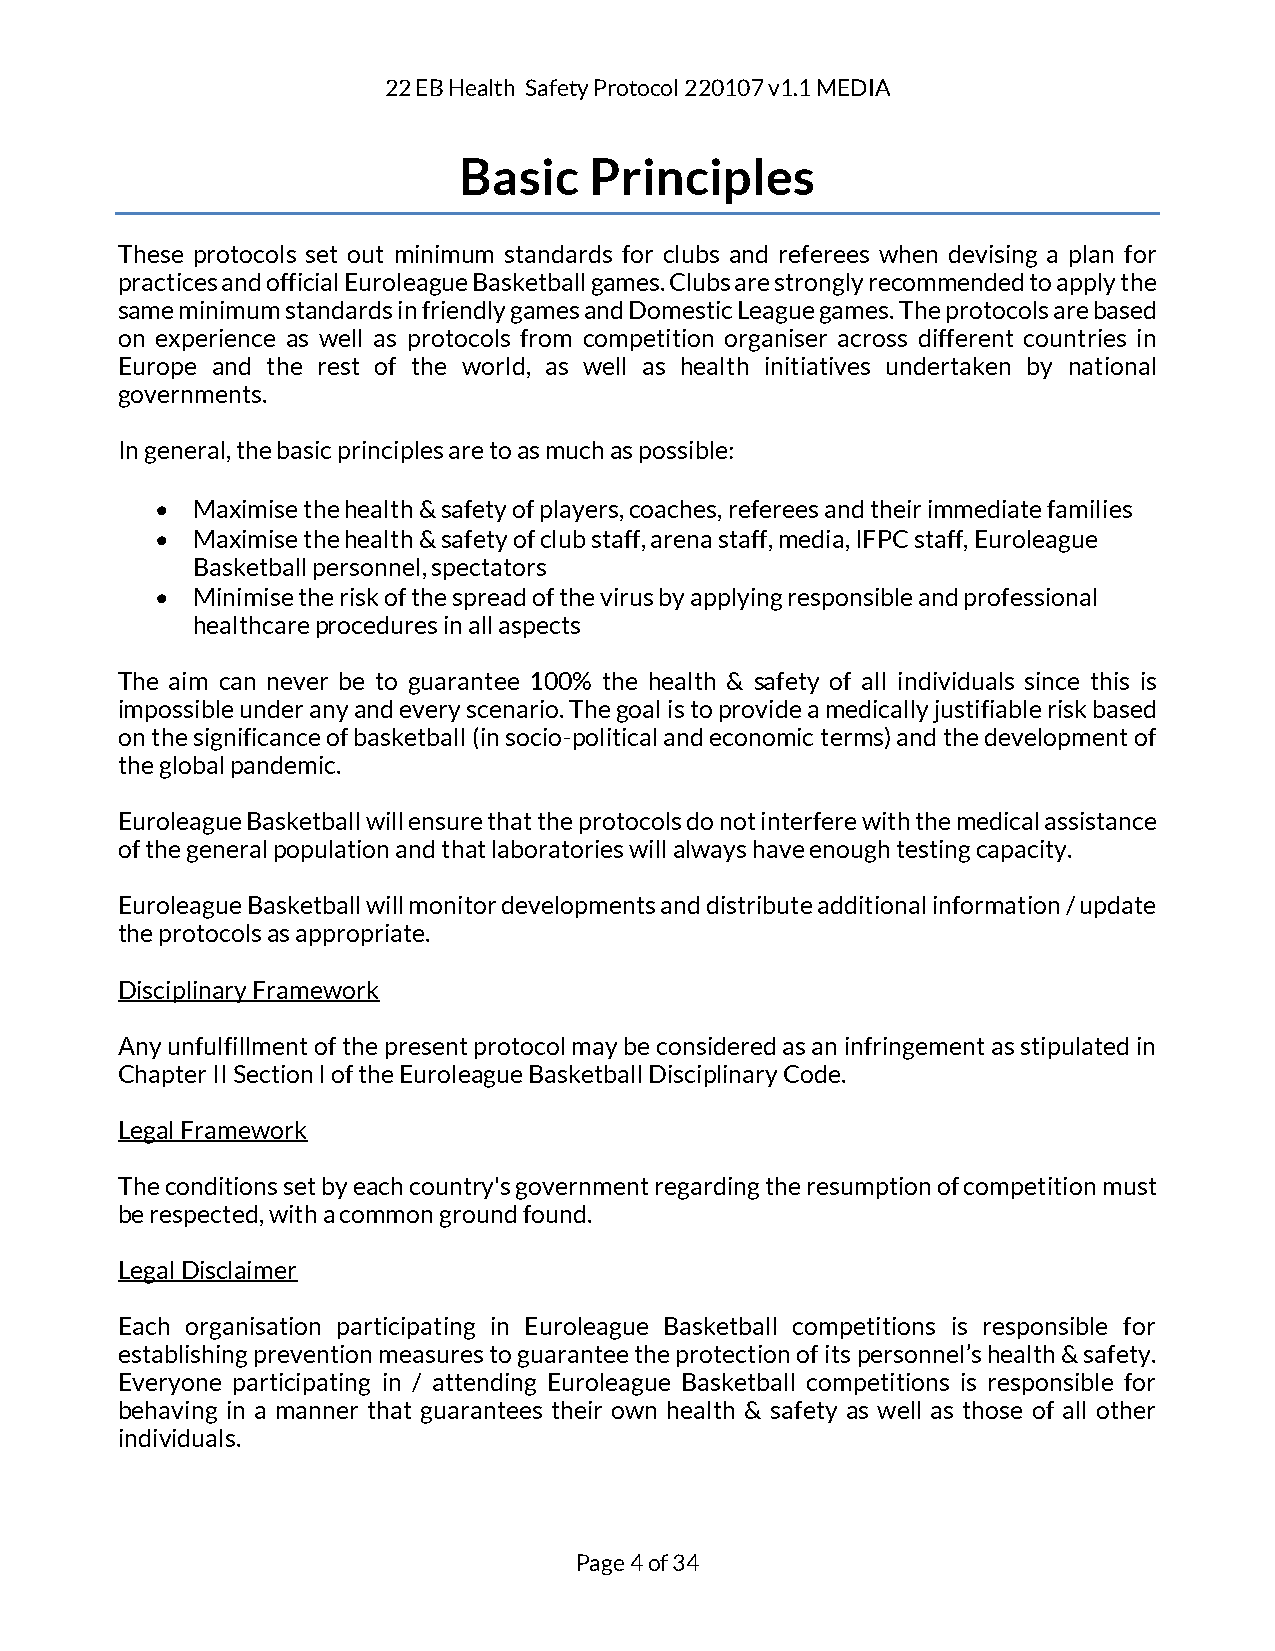
22 EB Health Safety Protocol 220107 v1.1 MEDIA
 Basic    Principles
 These protocols set out minimum standards for clubs and referees when devising a plan for
 practices and official Euroleague Basketball games. Clubs are strongly recommended to apply the
 same minimum standards in friendly games and Domestic League games. The protocols are based
 on experience as well as protocols from competition organiser across different countries in
 Europe and the rest of the world, as well as health initiatives undertaken by national
 governments.
 In general, the basic principles are to as much as possible:
 •  Maximise the health & safety of players, coaches, referees and their immediate families
 •  Maximise the health & safety of club staff, arena staff, media, IFPC staff, Euroleague
 Basketball personnel, spectators
 •  Minimise the risk of the spread of the virus by applying responsible and professional
 healthcare procedures in all aspects
 The aim can never be to guarantee 100% the health & safety of all individuals since this is
 impossible under any and every scenario. The goal is to provide a medically justifiable risk based
 on the significance of basketball (in socio-political and economic terms) and the development of
 the global pandemic.
 Euroleague Basketball will ensure that the protocols do not interfere with the medical assistance
 of the general population and that laboratories will always have enough testing capacity.
 Euroleague Basketball will monitor developments and distribute additional information / update
 the protocols as appropriate.
 Disciplinary Framework
 Any unfulfillment of the present protocol may be considered as an infringement as stipulated in
 Chapter II Section I of the Euroleague Basketball Disciplinary Code.
 Legal Framework
 The conditions set by each country's government regarding the resumption of competition must
 be respected, with a common ground found.
 Legal Disclaimer
 Each organisation participating in Euroleague Basketball competitions is responsible for
 establishing prevention measures to guarantee the protection of its personnel’s health & safety.
 Everyone participating in / attending Euroleague Basketball competitions is responsible for
 behaving in a manner that guarantees their own health & safety as well as those of all other
 individuals.
 Page 4 of 34